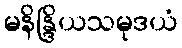
မနိန္ဒြိယသမုဒယံ